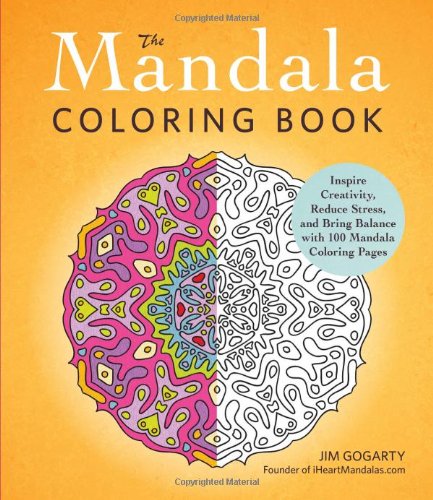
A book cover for The Mandala Coloring Book: Inspire Creativity, Reduce Stress, and Bring Balance with 100 Mandala Coloring Pages; Jim Gogarty; Self-Help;